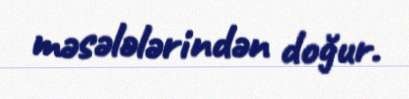
məsələlərindən doğur.